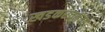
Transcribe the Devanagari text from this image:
खडकरचनेवर